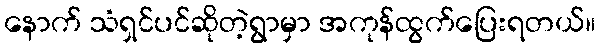
နောက် သံရှင်ပင်ဆိုတဲ့ရွာမှာ အကုန်ထွက်ပြေးရတယ်။